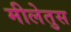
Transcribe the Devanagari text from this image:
मीलेतुस